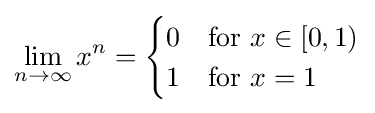
\lim _{n\to \infty }x^{n}={\begin{cases}0&{\text{for }}x\in [0,1)\\1&{\text{for }}x=1\end{cases}}